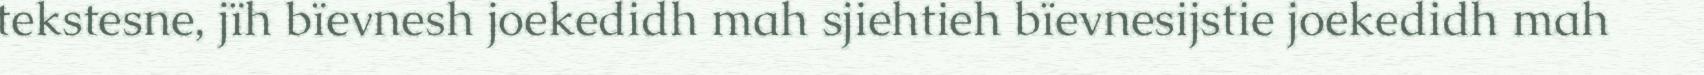
tekstesne, jïh bïevnesh joekedidh mah sjiehtieh bïevnesijstie joekedidh mah